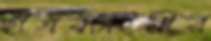
ছাত্রবাহিনীর